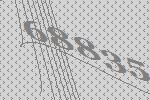
68835